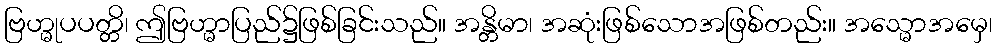
ဗြဟ္မုပပတ္တိ၊ ဤဗြဟ္မာပြည်၌ဖြစ်ခြင်းသည်။ အန္တိမာ၊ အဆုံးဖြစ်သောအဖြစ်တည်း။ အသ္မောအမှေ၊